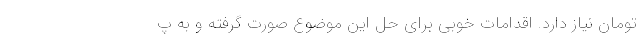
تومان نیاز دارد. اقدامات خوبی برای حل این موضوع صورت گرفته و به پ